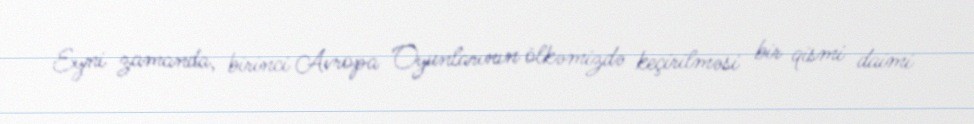
Eyni zamanda, birinci Avropa Oyunlarının ölkəmizdə keçirilməsi bir qismi daimi